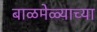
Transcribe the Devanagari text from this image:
बाळमेळ्याच्या